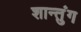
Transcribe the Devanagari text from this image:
शान्तुंग